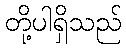
တို့ပါရှိသည်